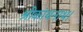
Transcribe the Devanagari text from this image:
श्रीकांथनाथ।